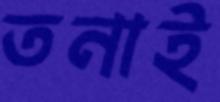
তনাই